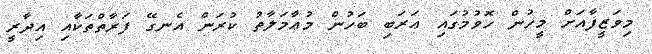
މިވަޒީފާއަށް މީހުން ހޮވުމުގައި ޢަރަބި ބަހުން މުޢާމަލާތު ކުރަން އެނގޭ ފަރާތްތަކާއި އިދާރީ